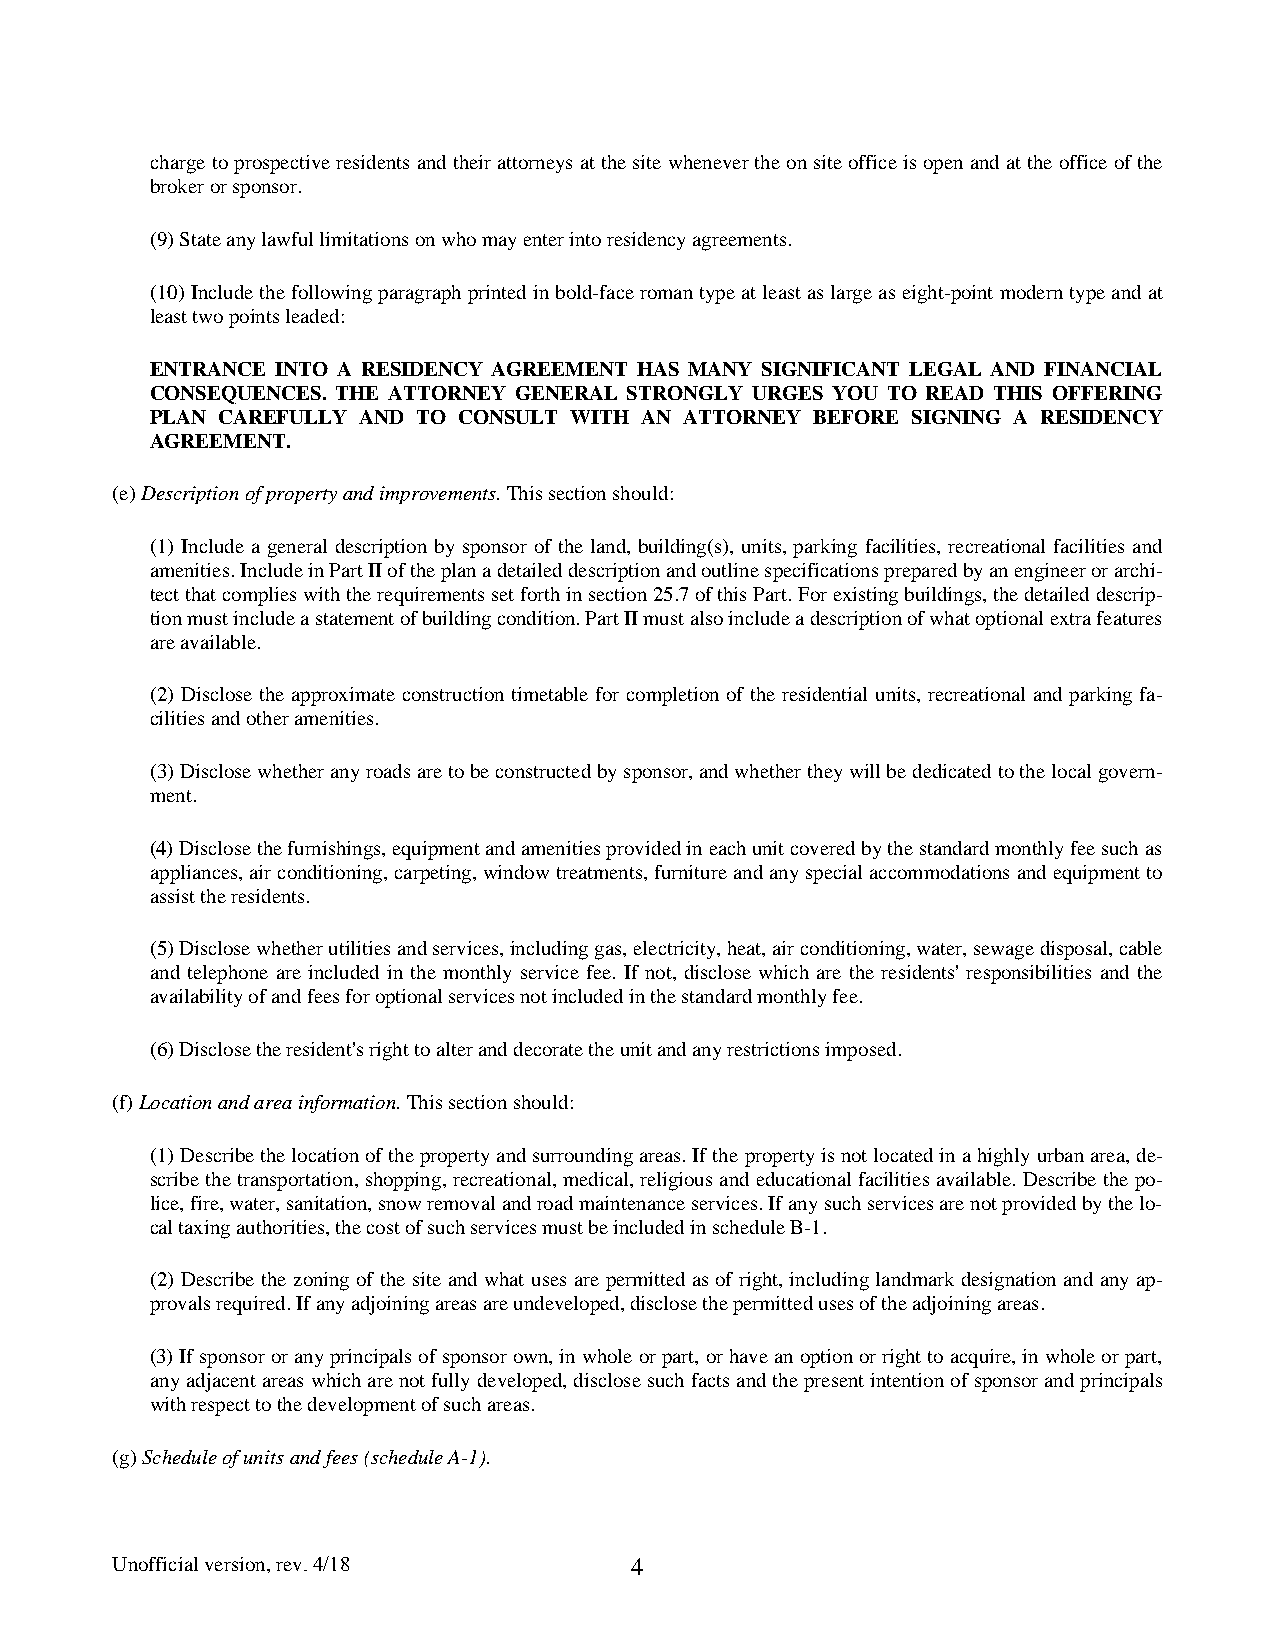
charge to prospective residents and their attorneys at the site whenever the on site office is open and at the office of the
 broker or sponsor.
 (9) State any lawful limitations on who may enter into residency agreements.
 (10) Include the following paragraph printed in bold-face roman type at least as large as eight-point modern type and at
 least two points leaded:
 ENTRANCE INTO A RESIDENCY AGREEMENT HAS MANY SIGNIFICANT LEGAL AND FINANCIAL
 CONSEQUENCES. THE ATTORNEY GENERAL STRONGLY URGES YOU TO READ THIS OFFERING
 PLAN CAREFULLY AND TO CONSULT WITH AN ATTORNEY BEFORE SIGNING A RESIDENCY
 AGREEMENT.
 (e) Description of property and improvements. This section should:
 (1) Include a general description by sponsor of the land, building(s), units, parking facilities, recreational facilities and
 amenities. Include in Part II of the plan a detailed description and outline specifications prepared by an engineer or archi-
 tect that complies with the requirements set forth in section 25.7 of this Part. For existing buildings, the detailed descrip-
 tion must include a statement of building condition. Part II must also include a description of what optional extra features
 are available.
 (2) Disclose the approximate construction timetable for completion of the residential units, recreational and parking fa-
 cilities and other amenities.
 (3) Disclose whether any roads are to be constructed by sponsor, and whether they will be dedicated to the local govern-
 ment.
 (4) Disclose the furnishings, equipment and amenities provided in each unit covered by the standard monthly fee such as
 appliances, air conditioning, carpeting, window treatments, furniture and any special accommodations and equipment to
 assist the residents.
 (5) Disclose whether utilities and services, including gas, electricity, heat, air conditioning, water, sewage disposal, cable
 and telephone are included in the monthly service fee. If not, disclose which are the residents' responsibilities and the
 availability of and fees for optional services not included in the standard monthly fee.
 (6) Disclose the resident's right to alter and decorate the unit and any restrictions imposed.
 (f) Location and area information. This section should:
 (1) Describe the location of the property and surrounding areas. If the property is not located in a highly urban area, de-
 scribe the transportation, shopping, recreational, medical, religious and educational facilities available. Describe the po-
 lice, fire, water, sanitation, snow removal and road maintenance services. If any such services are not provided by the lo-
 cal taxing authorities, the cost of such services must be included in schedule B-1.
 (2) Describe the zoning of the site and what uses are permitted as of right, including landmark designation and any ap-
 provals required. If any adjoining areas are undeveloped, disclose the permitted uses of the adjoining areas.
 (3) If sponsor or any principals of sponsor own, in whole or part, or have an option or right to acquire, in whole or part,
 any adjacent areas which are not fully developed, disclose such facts and the present intention of sponsor and principals
 with respect to the development of such areas.
 (g) Schedule of units and fees (schedule A-1).
 Unofficial version, rev. 4/18      4